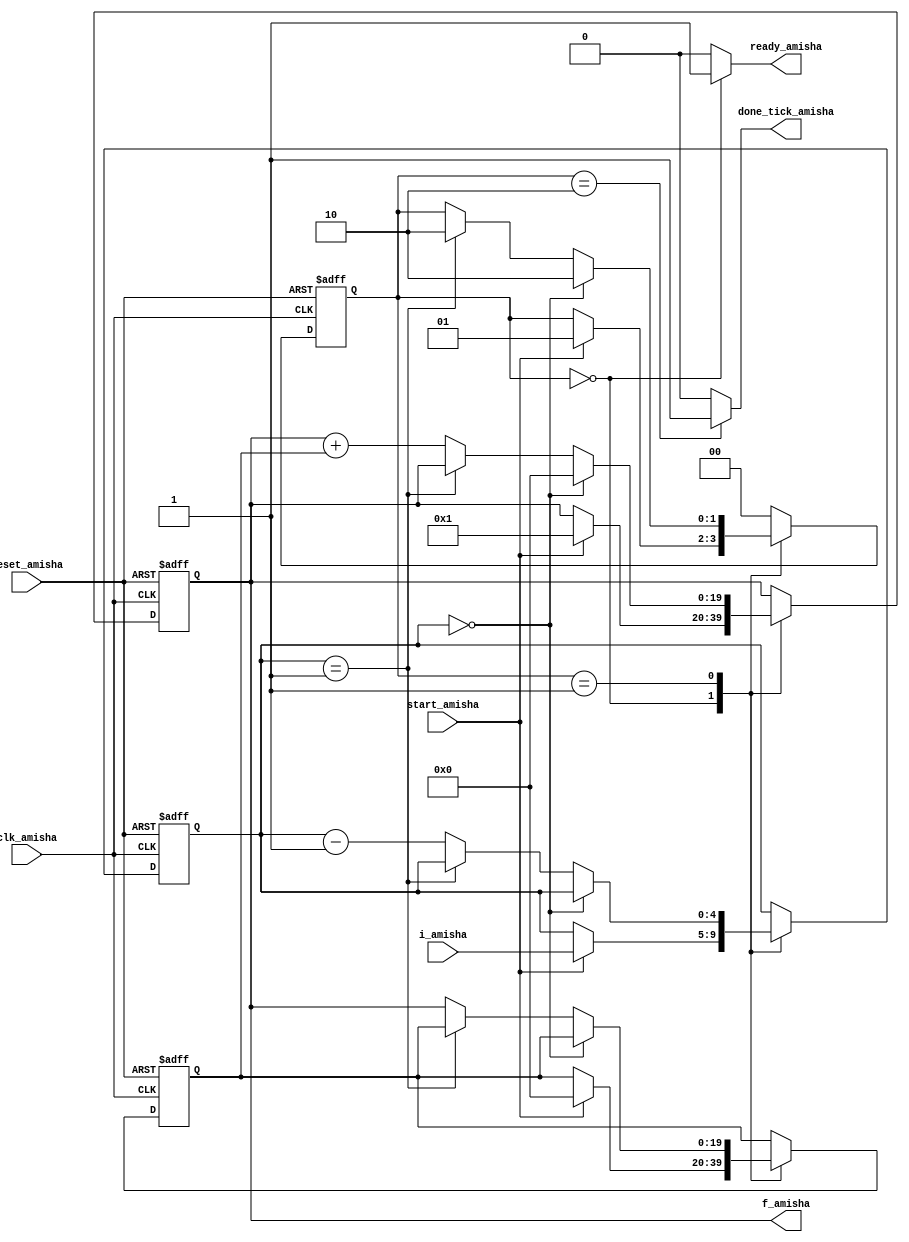
`timescale 1ns / 1ps
//////////////////////////////////////////////////////////////////////////////////
// Company: 
// Engineer: 
// 
// Design Name: 
// Module Name:    fib_Amisha 
// Project Name: 
// Target Devices: 
// Tool versions: 
// Description: 
//
// Dependencies: 
//
// Revision: 
// Revision 0.01 - File Created
// Additional Comments: 
//
//////////////////////////////////////////////////////////////////////////////////
module fib_Amisha(
    input clk_amisha,
    input reset_amisha,
	 input start_amisha,
    input [4:0] i_amisha,
    output reg ready_amisha,
    output reg done_tick_amisha,
    output [19:0] f_amisha
    );
	 
	 localparam [1:0]
	 idle_amisha = 2'b00,
	 op_amisha = 2'b01,
	 done_amisha = 2'b10;
	 reg [1:0] state_reg_amisha, state_next_amisha;
	 reg [19:0] t0_reg_amisha, t0_next_amisha, t1_reg_amisha, t1_next_amisha;
	 reg [4:0] n_reg_amisha, n_next_amisha;
	 
	 always @(posedge clk_amisha, posedge reset_amisha)
	 if (reset_amisha)
	 begin
	 state_reg_amisha <= idle_amisha;
	 t0_reg_amisha <= 0;
	 t1_reg_amisha <= 0;
	 n_reg_amisha <= 0;
	 end
	 else
	 begin
	 state_reg_amisha <= state_next_amisha;
	 t0_reg_amisha <= t0_next_amisha;
	 t1_reg_amisha <= t1_next_amisha;
	 n_reg_amisha <= n_next_amisha;
	 end
	 
	 always @*
	 begin
	 state_next_amisha = state_reg_amisha;
	 ready_amisha = 1'b0;
	 done_tick_amisha = 1'b0;
	 t0_next_amisha = t0_reg_amisha;
	 t1_next_amisha = t1_reg_amisha;
	 n_next_amisha = n_reg_amisha;
	 case (state_reg_amisha)
	 idle_amisha :
	 begin
	 ready_amisha = 1'b1;
	 if (start_amisha)
	 begin
	 t0_next_amisha = 0;
	 t1_next_amisha = 20'd1;
	 n_next_amisha = i_amisha;
	 state_next_amisha = op_amisha;
	 end
	 end
	 
	 op_amisha :
	 if (n_reg_amisha == 0)
	 begin
	 t1_next_amisha = 0;
	 state_next_amisha = done_amisha;
	 end
	 else if (n_reg_amisha == 1)
	 state_next_amisha = done_amisha;
	 else
	 begin
	 t1_next_amisha = t1_reg_amisha + t0_reg_amisha;
	 t0_next_amisha = t1_reg_amisha;
	 n_next_amisha = n_reg_amisha - 1;
	 end
	 
	 done_amisha :
	 begin
	 done_tick_amisha = 1'b1;
	 state_next_amisha = idle_amisha;
	 end
	 default : state_next_amisha = idle_amisha;
	 endcase
	 end
	 assign f_amisha = t1_reg_amisha;
endmodule